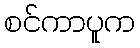
စင်ကာပူက